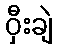
ဝှီးချဲ